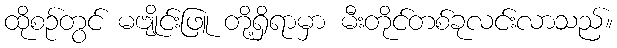
ထိုစဉ်တွင် မဗျိုင်းဖြူ တို့ရှိရာမှာ မီးတိုင်တစ်ခုလင်းလာသည်။